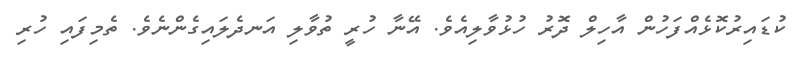
ކުޑައިރުކޮޅެއްފަހުން އާހިލް ދޮރު ހުޅުވާލިއެވެ. އޭނާ ހުރީ ތުވާލި އަނދެލައިގެންނެވެ. ތެމިފައި ހުރި